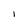
Character: 1